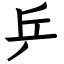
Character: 乒